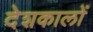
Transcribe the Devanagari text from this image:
देशकालों